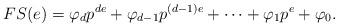
LaTeX: \begin{align*}FS(e) = \varphi_dp^{de}+\varphi_{d-1}p^{(d-1)e}+\cdots+\varphi_{1}p^e+\varphi_{0}.\end{align*}